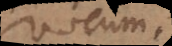
vocum